Plague in India, 1896, 1897 - Volume 2
Year: 1896
Disease focus: Plague
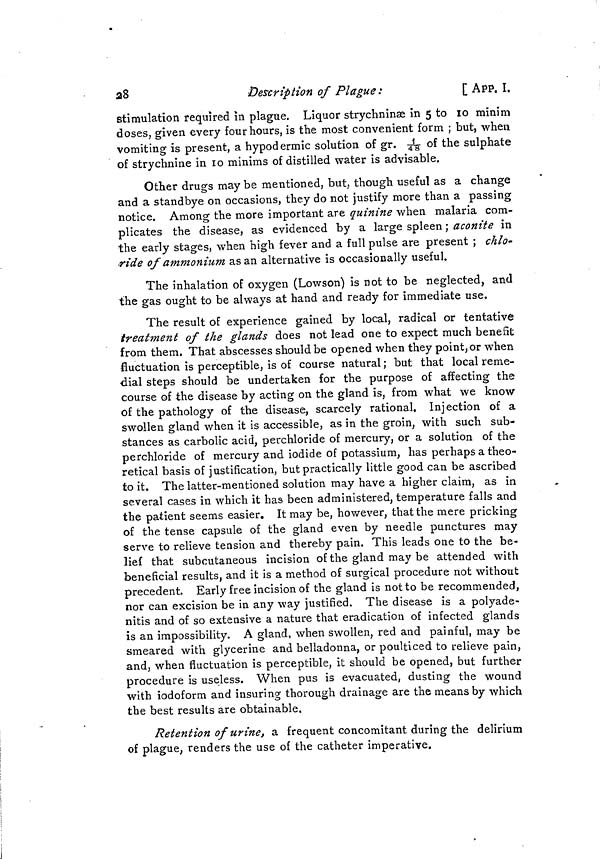
28
Description of Plague :
[ APP. I,
stimulation required in plague. Liquor strychninae in 5 to 10 minim
doses, given every four hours, is the most convenient form ; but, when
vomiting is present, a hypodermic solution of gr. 1/48 of the sulphate
of strychnine in 10 minims of distilled water is advisable.
Other drugs may be mentioned, but, though useful as a change
and a standbye on occasions, they do not justify more than a passing
notice. Among the more important are quinine when malaria com-
plicates the disease, as evidenced by a large spleen ; aconite in
the early stages, when high fever and a full pulse are present ; chlo-
ride of ammonium asan alternative is occasionally useful.
The inhalation of oxygen (Lowson) is not to be neglected, and
the gas ought to be always at hand and ready for immediate use.
The result of experience gained by local, radical or tentative
treatment of the glands does not lead one to expect much benefit
from them, That abscesses should be opened when they point, or when
fluctuation is perceptible, is of course natural ; but that local reme-
dial steps should be undertaken for the purpose of affecting the
course of the disease by acting on the gland is, from what we know
of the pathology of the disease, scarcely rational. Injection of a
swollen gland when it is accessible, as in the groin, with such sub-
stances as carbolic acid, perchloride of mercury, or a solution of the
perchloride of mercury and iodide of potassium, has perhaps a theo-
retical basis of justification, but practically little good can be ascribed
to it. The latter-mentioned solution may have a higher claim, as in
several cases in which it has been administered, temperature falls and
the patient seems easier. It may be, however, that the mere pricking
of the tense capsule of the gland even by needle punctures may
serve to relieve tension and thereby pain. This leads one to the be-
lief that subcutaneous incision of the gland may be attended with
beneficial results, and it is a method of surgical procedure not without
precedent. Early free incision of the gland is not to be recommended,
nor can excision be in any way justified. The disease is a polyade-
nitis and of so extensive a nature that eradication of infected glands
is an impossibility. A gland, when swollen, red and painful, may be
smeared with glycerine and belladonna, or poulticed to relieve pain,
and, when fluctuation is perceptible, it should be opened, but further
procedure is useless. When pus is evacuated, dusting the wound
with iodoform and insuring thorough drainage are the means by which
the best results are obtainable.
Retention of urine, a frequent concomitant during the delirium
of plague, renders the use of the catheter imperative.